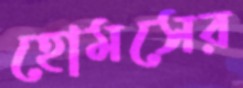
হোমসের